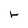
Character: r